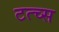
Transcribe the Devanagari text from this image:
टत्च्स